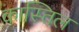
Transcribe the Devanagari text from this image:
कास्तिल